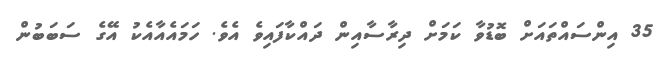
35 އިންސައްތައަށް ބޮޑުވާ ކަމަށް ދިރާސާއިން ދައްކާފައިވެ އެވެ. ހަމައެއާއެކު އޭގެ ސަބަބުން